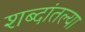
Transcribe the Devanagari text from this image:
शब्दांतल्या